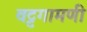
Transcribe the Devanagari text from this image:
वट्टगामणी